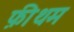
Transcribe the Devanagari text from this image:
फ़ीथम